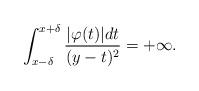
LaTeX: \begin{align*}\int_{x-\delta}^{x+\delta}\frac{\vert \varphi(t)\vert dt}{(y-t)^2}=+\infty.\end{align*}